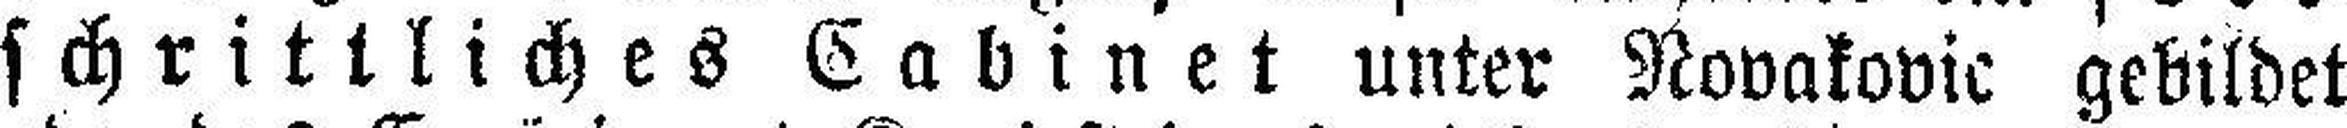
schrittliches Cabinet unter Novakovic gebildet